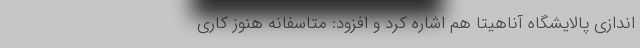
اندازی پالایشگاه آناهیتا هم اشاره کرد و افزود: متاسفانه هنوز کاری